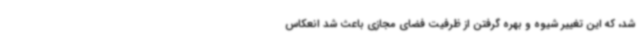
شد، که این تغییر شیوه و بهره گرفتن از ظرفیت فضای مجازی باعث شد انعکاس